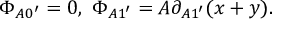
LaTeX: \Phi _ { A 0 ^ { \prime } } = 0 , \ \Phi _ { A 1 ^ { \prime } } = A \partial _ { A 1 ^ { \prime } } ( x + y ) .